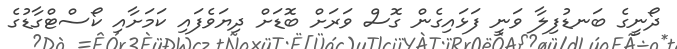
ދޯނީގެ ބަނޑުފިލާ ވަނީ ފަޅައިގެން ގޮސް ވަރަށް ބޮޑަށް ދިޔަވެފައި ކަމަށާއި ކޯސްޓްގާޑުގެ